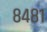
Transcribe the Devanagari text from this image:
८४८१